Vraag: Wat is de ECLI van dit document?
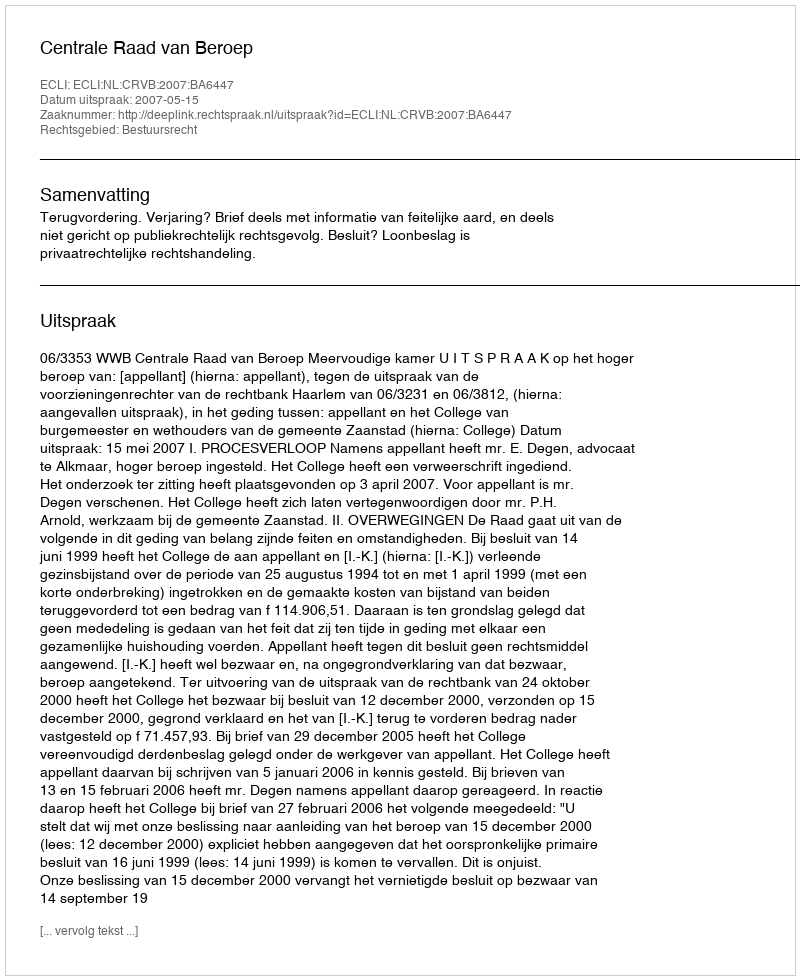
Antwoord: ECLI:NL:CRVB:2007:BA6447